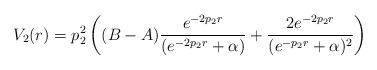
LaTeX: \begin{align*}V_2(r)=p_2^2\left((B-A)\frac{e^{-2p_2r}}{(e^{-2p_2r}+\alpha)}+\frac{2e^{-2p_2r}}{(e^{-p_2r}+\alpha)^2}\right)\end{align*}